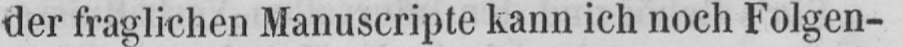
der fraglichen Manuscripte kann ich noch Folgen-